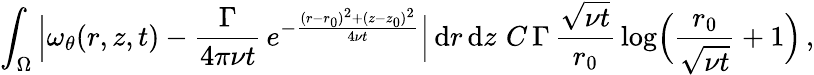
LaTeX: \int_{\Omega}\, \Bigl|\omega_{\theta}(r,z,t)-\frac{\Gamma}{4\pi\nu t}\, e^{-\frac{(r-r_{0})^{2}+(z-z_{0})^{2}}{4\nu t}}\Bigr|\, \mathrm{d}r\, \mathrm{d}z\, \le\, C\, \Gamma\, \frac{\sqrt{\nu t}}{r_{0}}\, \log\Bigl(\frac{r_{0}}{\sqrt{\nu t}}+1\Bigr)\, ,